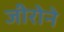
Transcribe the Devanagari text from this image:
जीरोने